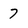
Character: 7